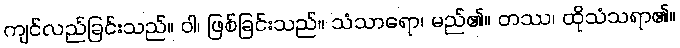
ကျင်လည်ခြင်းသည်။ ဝါ၊ ဖြစ်ခြင်းသည်။ သံသာရော၊ မည်၏။ တဿ၊ ထိုသံသရာ၏။